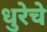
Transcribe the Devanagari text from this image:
धुरेचे